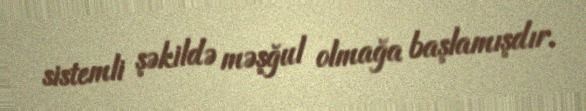
sistemli şəkildə məşğul olmağa başlamışdır.